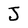
Character: J